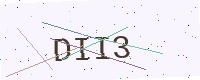
Text: DII3